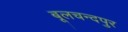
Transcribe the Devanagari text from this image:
बूलचन्दपुर